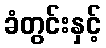
ခံတွင်းနှင့်